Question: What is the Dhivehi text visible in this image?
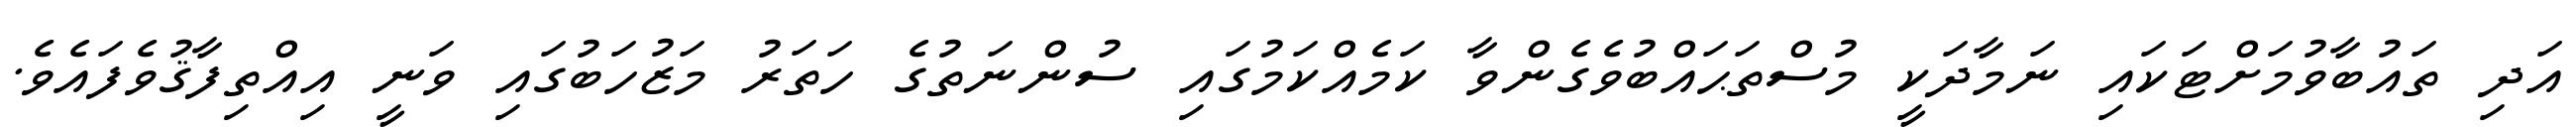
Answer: އަދި ތައުބާވުމަށްޓަކައި ނަމާދަކީ މުސްތަޙައްބުވެގެންވާ ކަމެއްކަމުގައި ސުންނަތުގެ ހަތަރު މަޒުހަބުގައި ވަނީ އިއްތިފާޤުވެފައެވެ.